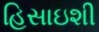
હિસાઇશી